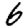
Digit: 6